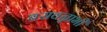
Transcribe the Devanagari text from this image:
बसवन्नाभी